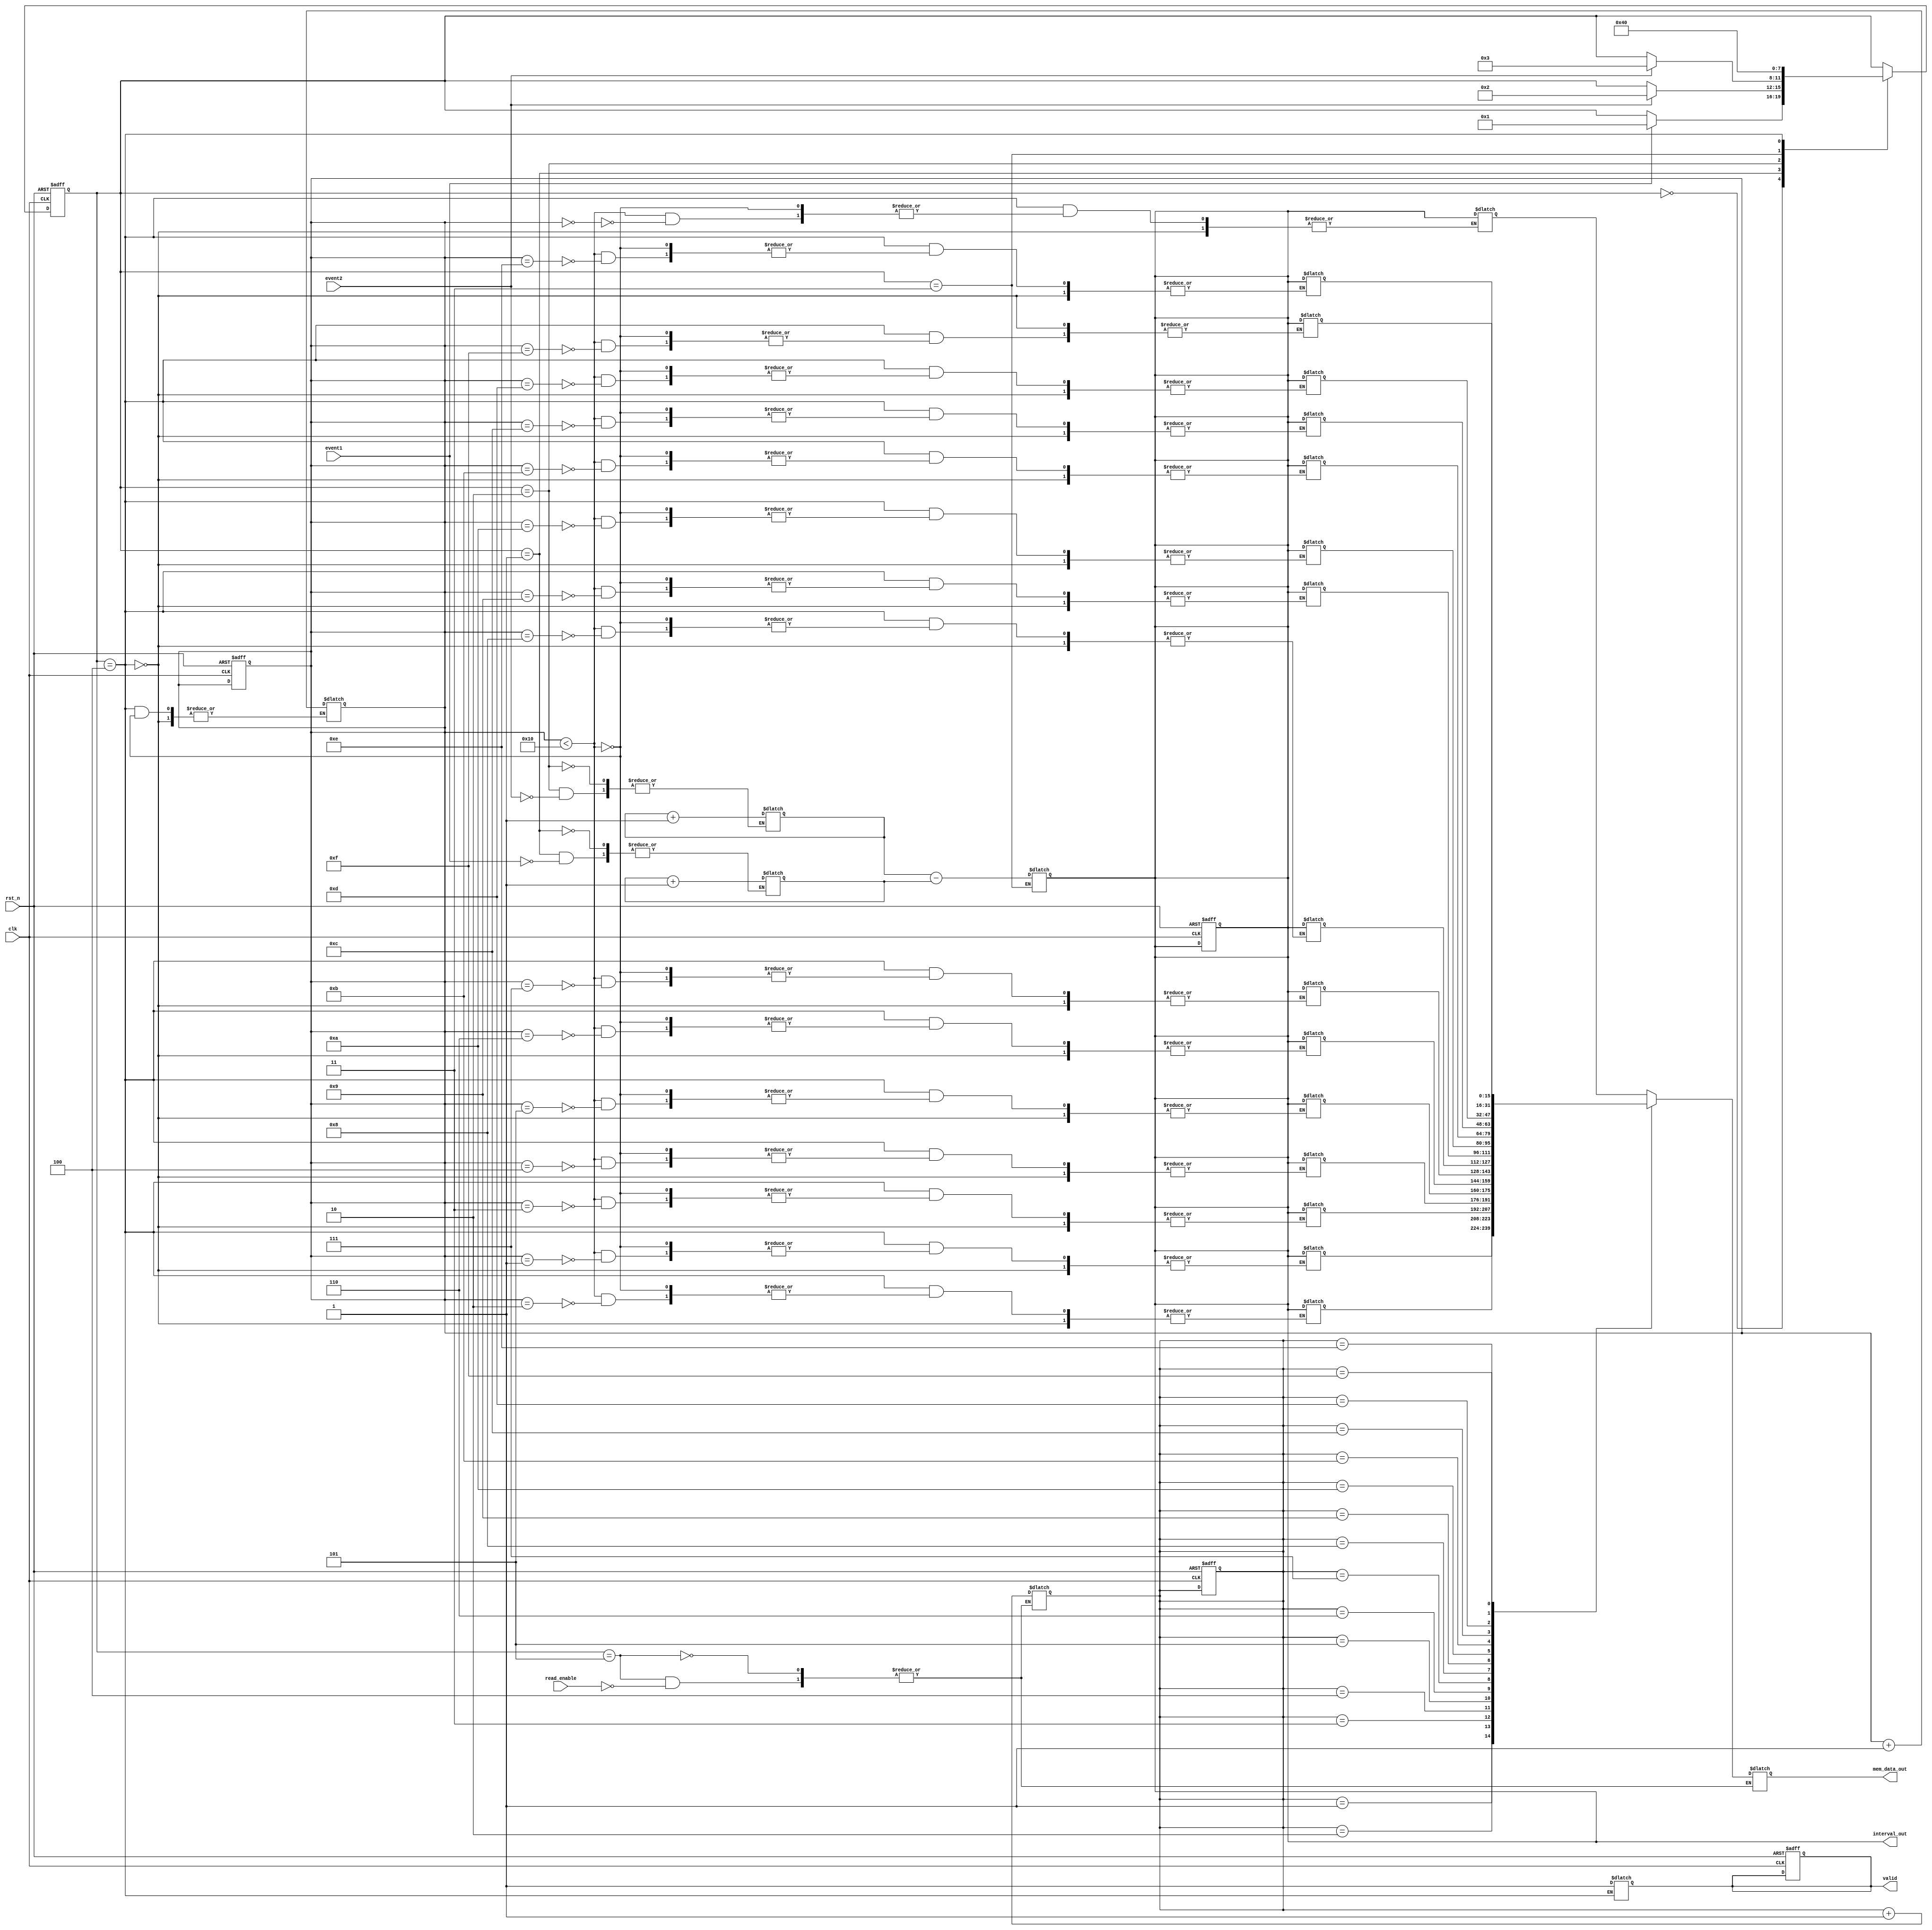
module TDC (
    input wire clk,                  // Reference clock
    input wire rst_n,                // Active low reset
    input wire event1,               // First event input
    input wire event2,               // Second event input
    output reg [15:0] interval_out,   // Output interval
    output reg valid,                // Output valid signal
    output reg [15:0] mem_data_out,  // Memory data output
    input wire read_enable           // Read enable for memory
);

    // Parameters
    parameter MEM_SIZE = 16;         // Size of the memory buffer
    parameter ADDR_WIDTH = 4;         // Address width for memory

    // Internal signals
    reg [15:0] timestamp1;            // Timestamp for first event
    reg [15:0] timestamp2;            // Timestamp for second event
    reg [15:0] memory [0:MEM_SIZE-1]; // Memory buffer for intervals
    reg [ADDR_WIDTH-1:0] write_ptr;   // Write pointer for memory
    reg [ADDR_WIDTH-1:0] read_ptr;    // Read pointer for memory
    reg [3:0] state;                  // State machine state
    reg [3:0] next_state;             // Next state for state machine

    // State encoding
    localparam IDLE = 4'b0000,
               WAIT_EVENT1 = 4'b0001,
               WAIT_EVENT2 = 4'b0010,
               CALCULATE_INTERVAL = 4'b0011,
               STORE_INTERVAL = 4'b0100,
               READ_MEMORY = 4'b0101;

    // Clock process
    always @(posedge clk or negedge rst_n) begin
        if (!rst_n) begin
            state <= IDLE;
            write_ptr <= 0;
            read_ptr <= 0;
            valid <= 0;
            interval_out <= 0;
        end else begin
            state <= next_state;
        end
    end

    // State machine for TDC operation
    always @(*) begin
        next_state = state;
        case (state)
            IDLE: begin
                if (event1) begin
                    next_state = WAIT_EVENT1;
                end
            end
            WAIT_EVENT1: begin
                if (event1) begin
                    timestamp1 <= timestamp1 + 1; // Capture timestamp
                end
                if (event2) begin
                    next_state = WAIT_EVENT2;
                end
            end
            WAIT_EVENT2: begin
                if (event2) begin
                    timestamp2 <= timestamp2 + 1; // Capture timestamp
                    next_state = CALCULATE_INTERVAL;
                end
            end
            CALCULATE_INTERVAL: begin
                interval_out <= timestamp2 - timestamp1; // Calculate interval
                next_state = STORE_INTERVAL;
            end
            STORE_INTERVAL: begin
                if (write_ptr < MEM_SIZE) begin
                    memory[write_ptr] <= interval_out; // Store interval in memory
                    write_ptr <= write_ptr + 1;
                end
                valid <= 1; // Indicate valid output
                next_state = IDLE; // Go back to IDLE
            end
            READ_MEMORY: begin
                if (read_enable) begin
                    mem_data_out <= memory[read_ptr]; // Read data from memory
                    read_ptr <= read_ptr + 1; // Increment read pointer
                end
            end
        endcase
    end

endmodule